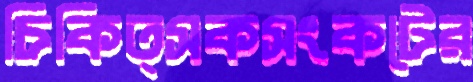
চিকিত্সকসংকটের